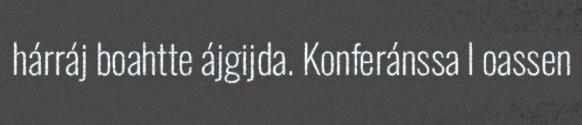
hárráj boahtte ájgijda. Konferánssa l oassen